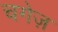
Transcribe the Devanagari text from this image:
चगेज़